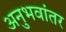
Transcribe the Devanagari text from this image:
अनुभवांतर